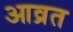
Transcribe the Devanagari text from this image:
आव्रत